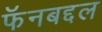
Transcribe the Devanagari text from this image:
फॅनबद्दल